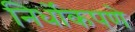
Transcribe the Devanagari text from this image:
निर्धोकपणे